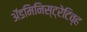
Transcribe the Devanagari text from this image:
अॅडमिनिस्ट्रेटिव्ह